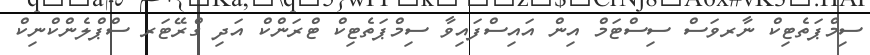
ސިމްޕަތެޓިކް ނާރވަސް ސިސްޓަމް އިން އައިސްފައިވާ ސިމްޕަތެޓިކް ޓްރަންކް އަދި ގްރޭޓަރ ސްޕްލެންކްނިކް